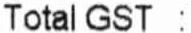
TOTAL GST :